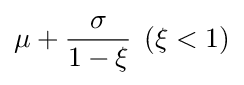
\mu +{\frac {\sigma }{1-\xi }}\,\;(\xi <1)